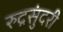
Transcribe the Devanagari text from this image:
रुद्रसुंदरी